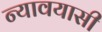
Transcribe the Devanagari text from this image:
न्यावयासी